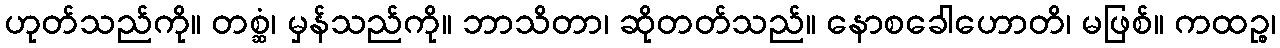
ဟုတ်သည်ကို။ တစ္ဆံ၊ မှန်သည်ကို။ ဘာသိတာ၊ ဆိုတတ်သည်။ နောစခေါဟောတိ၊ မဖြစ်။ ကထဉ္စ၊